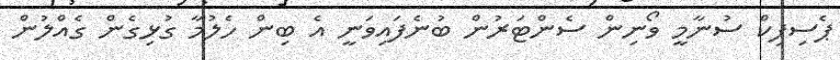
ޕެސިފިކް ސުނާމީ ވޯނިން ސެންޓަރުން ބުނެފައިވަނީ އެ ބިން ހެލުމާ ގުޅިގެން ގެއްލުން